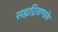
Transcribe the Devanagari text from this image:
सह्यद्रिखण्डके